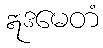
ဣဒမေတံ